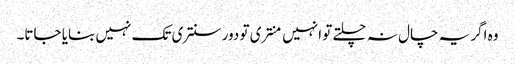
وہ اگر یہ چال نہ چلتے تو انہیں منتری تو دور سنتری تک نہیں بنایا جاتا۔